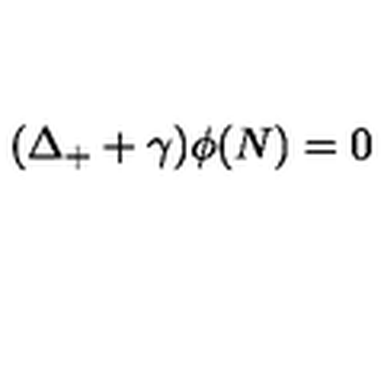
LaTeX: ( \Delta _ { + } + \gamma ) \phi ( N ) = 0